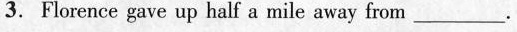
3.Florence gave up half a mile away from___.